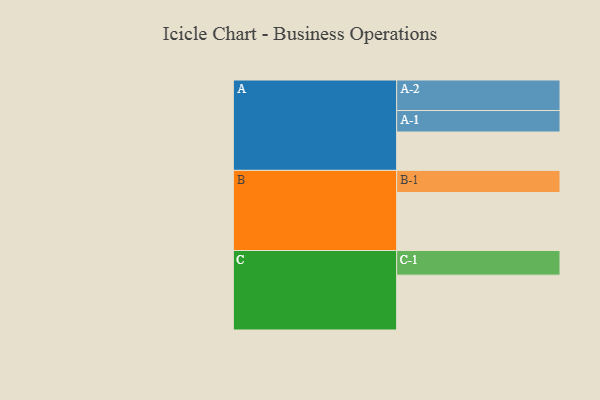
{"axis": {"x": "Segment", "y": "Value"}, "legend": ["", "A", "B", "C"], "data": [{"x": "A", "y": 307, "type": ""}, {"x": "B", "y": 464, "type": ""}, {"x": "C", "y": 439, "type": ""}, {"x": "A-1", "y": 172, "type": "A"}, {"x": "A-2", "y": 244, "type": "A"}, {"x": "B-1", "y": 177, "type": "B"}, {"x": "C-1", "y": 197, "type": "C"}]}